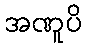
အဏူပိ